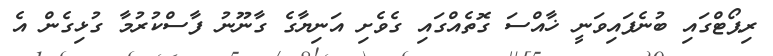
ރިޕޯޓްގައި ބުނެފައިވަނީ ޚާއްސަ ގޮތެއްގައި ގެވެށި އަނިޔާގެ ގާނޫނު ފާސްކުރުމާ ގުޅިގެން އެ